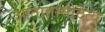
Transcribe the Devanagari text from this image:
आतातायीदैत्य